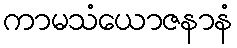
ကာမသံယောဇနာနံ